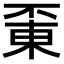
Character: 𠁋